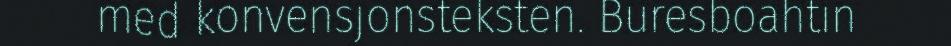
med konvensjonsteksten. Buresboahtin